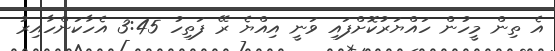
އެ ތިން މީހުން ހައްޔަރުކޮށްފައި ވަނީ އިއްޔެ ރޭ ފަތިހު 3:45 އެހާކަންހާއިރު